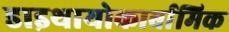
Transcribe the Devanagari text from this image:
डाइथायोकार्बामिक